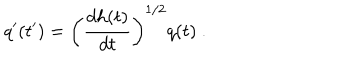
q ^ { \prime } ( t ^ { \prime } ) = \left( \frac { d h ( t ) } { d t } \right) ^ { 1 / 2 } q ( t ) \ .